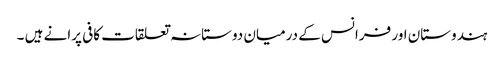
ہندوستان اور فرانس کے درمیان دوستانہ تعلقات کافی پرانے ہیں ۔